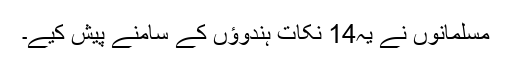
مسلمانوں نے یہ14 نکات ہندوؤں کے سامنے پیش کیے۔